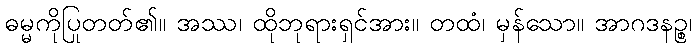
ဓမ္မကိုပြုတတ်၏။ အဿ၊ ထိုဘုရားရှင်အား။ တထံ၊ မှန်သော။ အာဂဒနဉ္စ၊